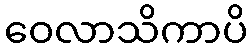
ဝေလာသိကာပိ